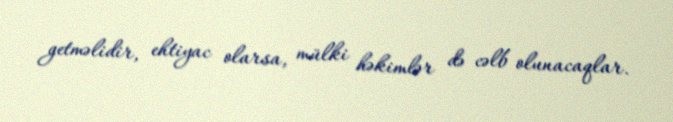
getməlidir, ehtiyac olarsa, mülki həkimlər də cəlb olunacaqlar.